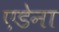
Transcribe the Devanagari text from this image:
एडेना